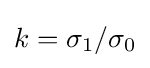
k=\sigma _{1}/\sigma _{0}